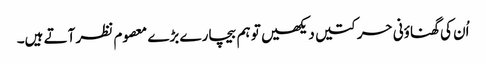
اُن کی گھناؤنی حرکتیں دیکھیں تو ہم بیچارے بڑے معصوم نظر آتے ہیں۔